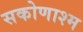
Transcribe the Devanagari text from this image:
सकोणाश्म